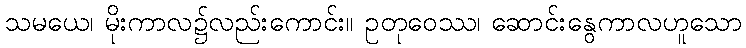
သမယေ၊ မိုးကာလ၌လည်းကောင်း။ ဥတုဝေဿ၊ ဆောင်းနွေကာလဟူသော